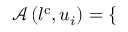
\mathcal { A } \left( l ^ { \mathrm { { c } } } , u _ { i } \right) = \left\{ \begin{array} { r l r } \end{array} \right.